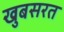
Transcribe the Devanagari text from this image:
खुबसरत